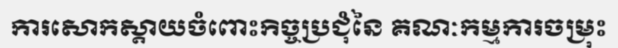
ការសោកស្តាយចំពោះកិច្ចប្រជុំនៃ គណៈកម្មការចម្រុះ